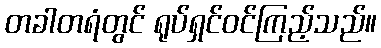
တခါတရံတွင် ရုပ်ရှင်ဝင်ကြည့်သည်။